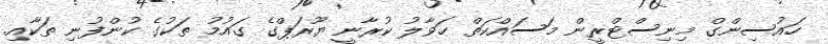
ހައުސިންގް މިނިސްޓްރީން މަސައްކަތް ހަވާލު ކުރާނީ ޔޫރަޕްގެ ގައުމު ތަކުގެ ކުންފުނި ތަކާއި.